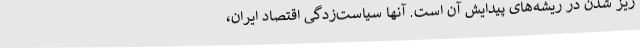
ریز شدن در ریشه‌های پیدایش آن است. آنها سیاست‌زدگی اقتصاد ایران،